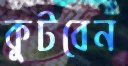
কুটবেন